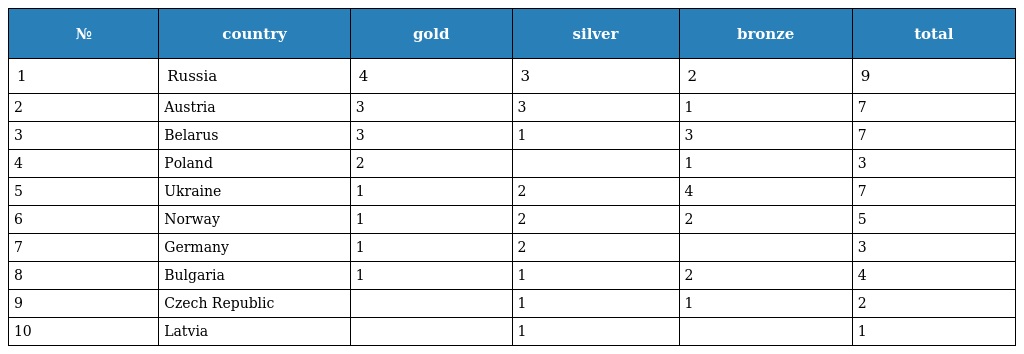
| № | country | gold | silver | bronze | total |
 | --- | --- | --- | --- | --- | --- |
 | 1 | Russia | 4 | 3 | 2 | 9 |
 | 2 | Austria | 3 | 3 | 1 | 7 |
 | 3 | Belarus | 3 | 1 | 3 | 7 |
 | 4 | Poland | 2 |  | 1 | 3 |
 | 5 | Ukraine | 1 | 2 | 4 | 7 |
 | 6 | Norway | 1 | 2 | 2 | 5 |
 | 7 | Germany | 1 | 2 |  | 3 |
 | 8 | Bulgaria | 1 | 1 | 2 | 4 |
 | 9 | Czech Republic |  | 1 | 1 | 2 |
 | 10 | Latvia |  | 1 |  | 1 |